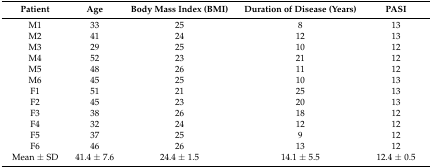
<table><thead><tr><td><b>Patient</b></td><td><b>Age</b></td><td><b>Body Mass Index (BMI)</b></td><td><b>Duration of Disease (Years)</b></td><td><b>PASI</b></td></tr></thead><tbody><tr><td>M1</td><td>33</td><td>25</td><td>8</td><td>13</td></tr><tr><td>M2</td><td>41</td><td>24</td><td>12</td><td>13</td></tr><tr><td>M3</td><td>29</td><td>25</td><td>10</td><td>12</td></tr><tr><td>M4</td><td>52</td><td>23</td><td>21</td><td>12</td></tr><tr><td>M5</td><td>48</td><td>26</td><td>11</td><td>12</td></tr><tr><td>M6</td><td>45</td><td>25</td><td>10</td><td>13</td></tr><tr><td>F1</td><td>51</td><td>21</td><td>25</td><td>13</td></tr><tr><td>F2</td><td>45</td><td>23</td><td>20</td><td>13</td></tr><tr><td>F3</td><td>38</td><td>26</td><td>18</td><td>12</td></tr><tr><td>F4</td><td>32</td><td>24</td><td>12</td><td>12</td></tr><tr><td>F5</td><td>37</td><td>25</td><td>9</td><td>12</td></tr><tr><td>F6</td><td>46</td><td>26</td><td>13</td><td>12</td></tr><tr><td>Mean ± SD</td><td>41.4 ± 7.6</td><td>24.4 ± 1.5</td><td>14.1 ± 5.5</td><td>12.4 ± 0.5</td></tr></tbody></table>